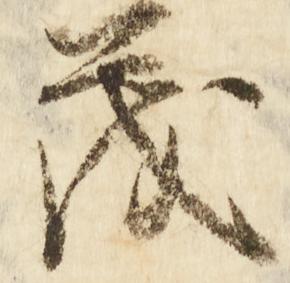
茂